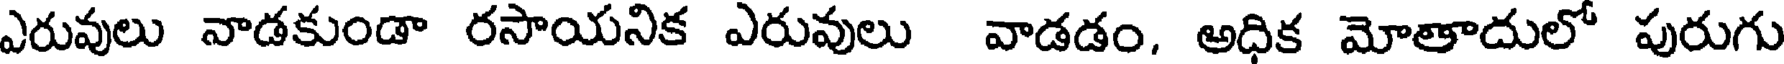
ఎరువులు వాడకుండా రసాయనిక ఎరువులు వాడడం, అధిక మోతాదులో పురుగు